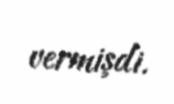
vermişdi.